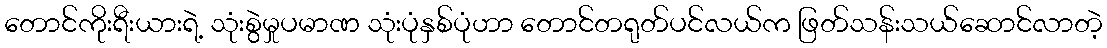
တောင်ကိုးရီးယားရဲ့ သုံးစွဲမှုပမာဏ သုံးပုံနှစ်ပုံဟာ တောင်တရုတ်ပင်လယ်က ဖြတ်သန်းသယ်ဆောင်လာတဲ့